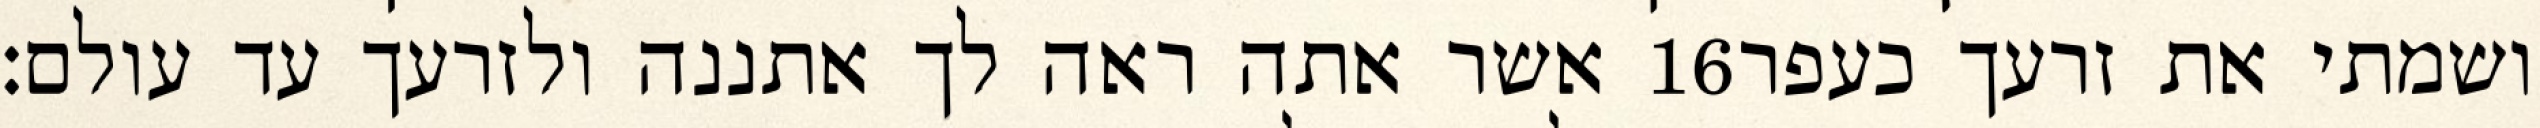
אשר אתה ראה לך אתננה ולזרעך עד עולם׃ ‎16‏ ושמתי את זרעך כעפר